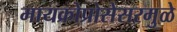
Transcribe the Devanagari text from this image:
मायक्रोप्रोसेसरमुळे